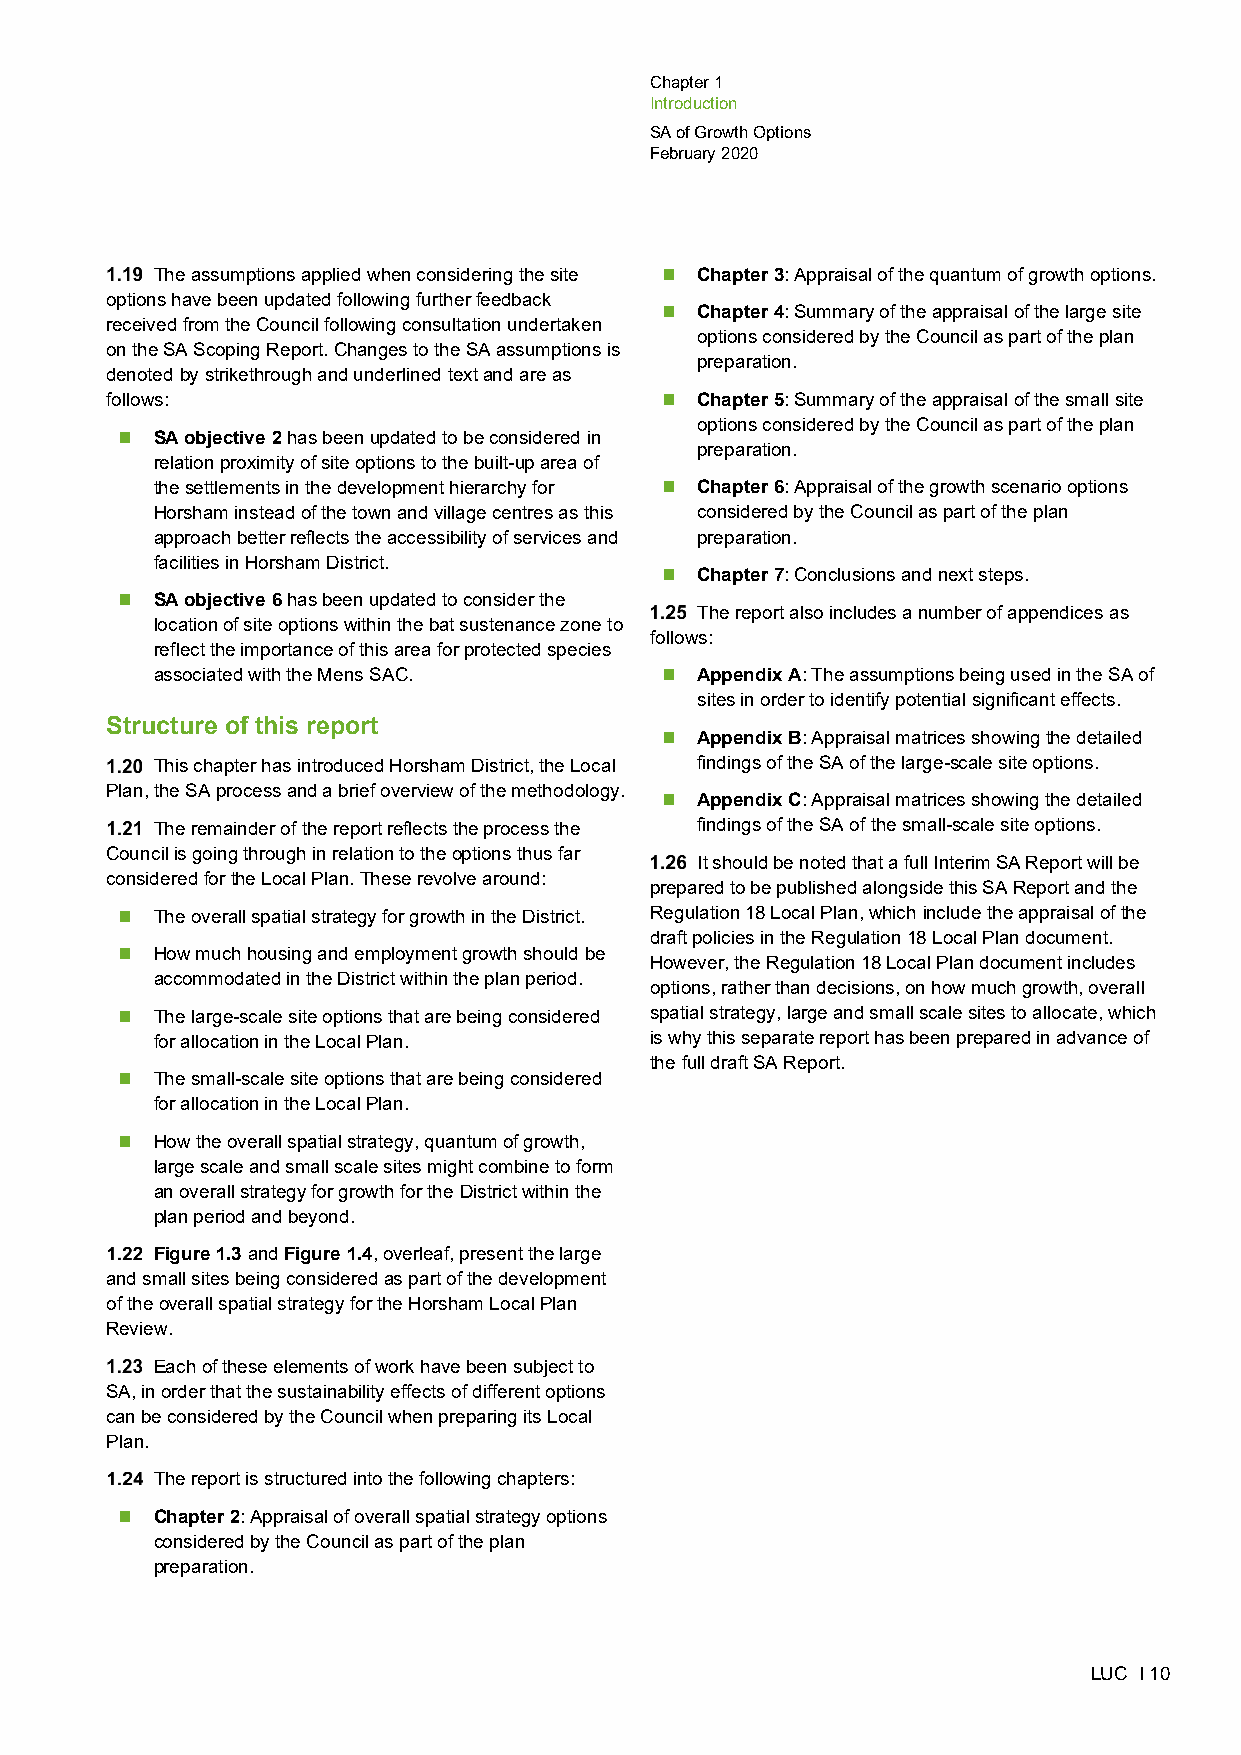
Chapter 1
 Introduction
 SA of Growth Options
 February 2020
 The assumptions applied when considering the site  Chapter 3: Appraisal of the quantum of growth options.
 options have been updated following further feedback
  Chapter 4: Summary of the appraisal of the large site
 received from the Council following consultation undertaken
 options considered by the Council as part of the plan
 on the SA Scoping Report. Changes to the SA assumptions is
 preparation.
 denoted by strikethrough and underlined text and are as
 follows:                              Chapter 5: Summary of the appraisal of the small site
 options considered by the Council as part of the plan
  SA objective 2 has been updated to be considered in
 preparation.
 relation proximity of site options to the built-up area of
 the settlements in the development hierarchy for  Chapter 6: Appraisal of the growth scenario options
 Horsham instead of the town and village centres as this considered by the Council as part of the plan
 approach better reflects the accessibility of services and preparation.
 facilities in Horsham District.
  Chapter 7: Conclusions and next steps.
  SA objective 6 has been updated to consider the
 The report also includes a number of appendices as
 location of site options within the bat sustenance zone to
 follows:
 reflect the importance of this area for protected species
 associated with the Mens SAC.      Appendix A: The assumptions being used in the SA of
 sites in order to identify potential significant effects.
 Structure of this report
  Appendix B: Appraisal matrices showing the detailed
 This chapter has introduced Horsham District, the Local findings of the SA of the large-scale site options.
 Plan, the SA process and a brief overview of the methodology.
  Appendix C: Appraisal matrices showing the detailed
 The remainder of the report reflects the process the findings of the SA of the small-scale site options.
 Council is going through in relation to the options thus far
 It should be noted that a full Interim SA Report will be
 considered for the Local Plan. These revolve around:
 prepared to be published alongside this SA Report and the
  The overall spatial strategy for growth in the District. Regulation 18 Local Plan, which include the appraisal of the
 draft policies in the Regulation 18 Local Plan document.
  How much housing and employment growth should be
 However, the Regulation 18 Local Plan document includes
 accommodated in the District within the plan period.
 options, rather than decisions, on how much growth, overall
  The large-scale site options that are being considered spatial strategy, large and small scale sites to allocate, which
 for allocation in the Local Plan. is why this separate report has been prepared in advance of
 the full draft SA Report.
  The small-scale site options that are being considered
 for allocation in the Local Plan.
  How the overall spatial strategy, quantum of growth,
 large scale and small scale sites might combine to form
 an overall strategy for growth for the District within the
 plan period and beyond.
 Figure 1.3 and Figure 1.4, overleaf, present the large
 and small sites being considered as part of the development
 of the overall spatial strategy for the Horsham Local Plan
 Review.
 Each of these elements of work have been subject to
 SA, in order that the sustainability effects of different options
 can be considered by the Council when preparing its Local
 Plan.
 The report is structured into the following chapters:
  Chapter 2: Appraisal of overall spatial strategy options
 considered by the Council as part of the plan
 preparation.
 LUC I 10